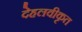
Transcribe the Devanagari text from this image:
देहलवीकृत